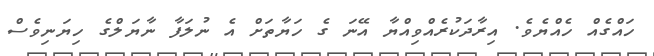
ހައްގެއް ހެއްޔެވެ. އިރާދަކުރެއްވިއްޔާ އޭނަ ގެ ހަޔާތަށް އެ ނުލަފާ ނާޔަލްގެ ހިޔަނިވެސް